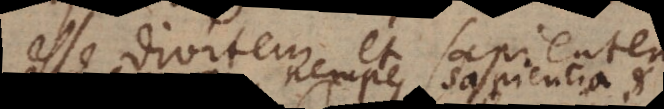
esse divitem et sapientem;